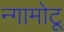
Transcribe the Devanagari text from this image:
न्गामोटू